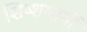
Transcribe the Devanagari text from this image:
शिष्शमानों